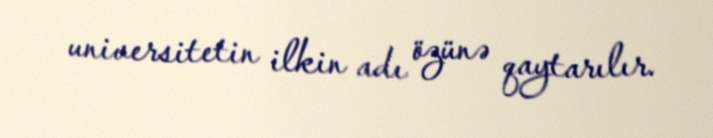
universitetin ilkin adı özünə qaytarılır.